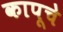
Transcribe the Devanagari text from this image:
कापूचे